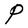
Character: P